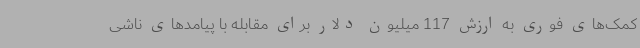
کمک‌های فوری به ارزش 117 میلیون دلار برای مقابله با پیامدهای ناشی